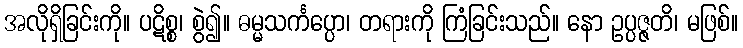
အလိုရှိခြင်းကို။ ပဋိစ္စ၊ စွဲ၍။ ဓမ္မသင်္ကပ္ပော၊ တရားကို ကြံခြင်းသည်။ နော ဥပ္ပဇ္ဇတိ၊ မဖြစ်။